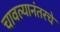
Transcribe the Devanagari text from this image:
चावल्यानंतरचे